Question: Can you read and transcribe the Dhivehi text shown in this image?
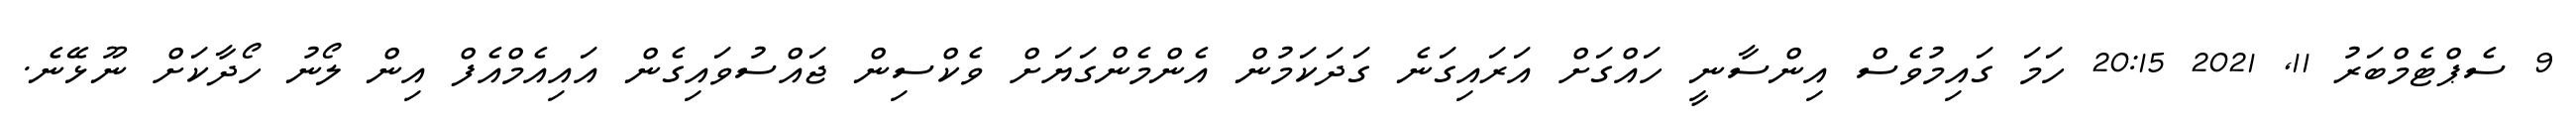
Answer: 9 ސެޕްޓެމްބަރު 11, 2021 20:15 ހަމަ ގައިމުވެސް އިންސާނީ ހައްގަށް އަރައިގަނެ ގަދަކަމުން އެންމެންގަޔަށް ވެކްސިން ޖައްސުވައިގެން އައިއެމްއެފް އިން ލޯނު ހޯދާކަށް ނޫޅޭނެ.